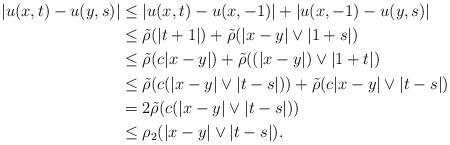
LaTeX: \begin{align*} |u(x,t)-u(y,s)|&\le |u(x,t)-u(x,-1)|+|u(x,-1)-u(y,s)|\\ &\le \tilde\rho(|t+1|)+\tilde\rho(|x-y|\vee |1+s|)\\ &\le \tilde\rho(c|x-y|)+\tilde\rho((|x-y|)\vee |1+t|)\\ &\le \tilde\rho(c(|x-y|\vee|t-s|))+\tilde\rho(c|x-y|\vee|t-s|)\\ &= 2\tilde\rho(c(|x-y|\vee|t-s|))\\ &\le \rho_2(|x-y|\vee|t-s|). \end{align*}